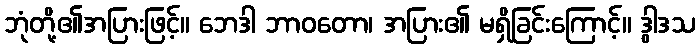
ဘုံတို့၏အပြားဖြင့်။ ဘေဒါ ဘာဝတော၊ အပြား၏ မရှိခြင်းကြောင့်။ ဒွါဒသ